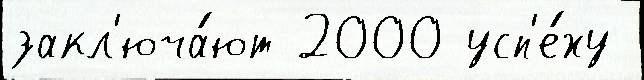
закл'юча́ют 2000 усп'е́ху